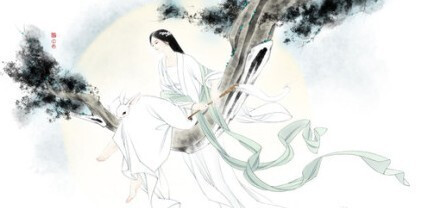
年年今夜，月华如练，长是人千里。